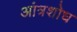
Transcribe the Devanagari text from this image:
आंत्रशोध